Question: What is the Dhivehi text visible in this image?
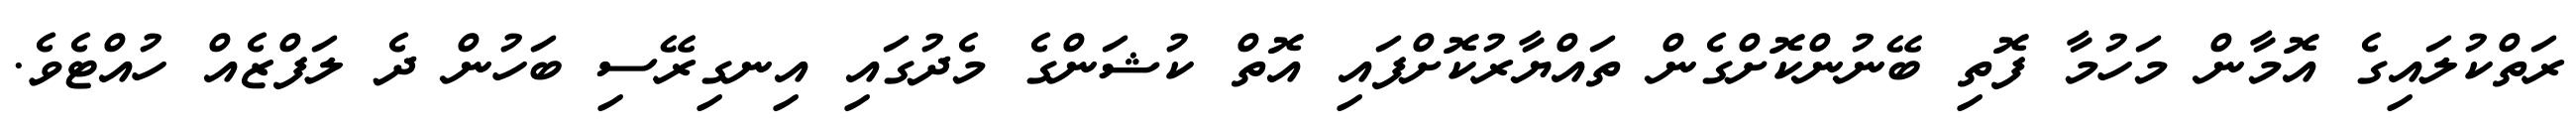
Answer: ރަތްކުލައިގެ އޮމާން މަހުމާ ފޮތި ބޭނުންކޮށްގެން ތައްޔާރުކޮށްފައި އޮތް ކުޝަންގެ މެދުގައި އިނގިރޭސި ބަހުން ދެ ލަފްޒެއް ހުއްޓެވެ.